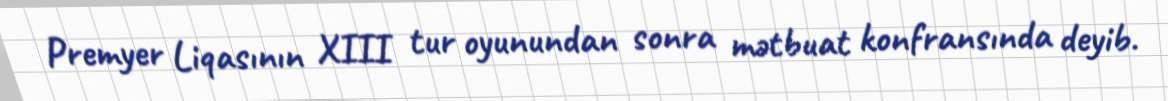
Premyer Liqasının XIII tur oyunundan sonra mətbuat konfransında deyib.